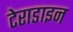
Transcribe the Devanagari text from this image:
टेराडाइन